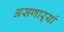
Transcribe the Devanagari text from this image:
असणाऱ्यां